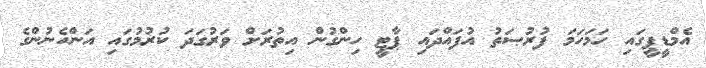
އެމްޑީޕީގައި ހަމަހަމަ ފުރުޞަތު އުފައްދައި ޕާޓީ ހިންގުން އިތުރަށް ވަރުގަދަ ކުރުމުގައި އަންހެނުންގެ